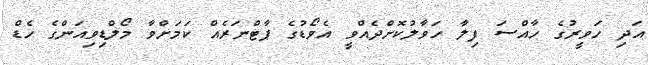
އަދި ހަވީރުގެ ހާއްސަ ފިލާ ހަވާލުކޮށްދެއްވީ އެވޯޑުގެ ޕާޓްނަރެއް ކަމަށްވާ މޯލްޑިވިއަންގެ ހެޑް